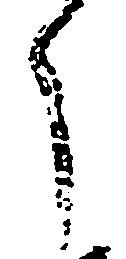
う